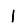
Digit: 1